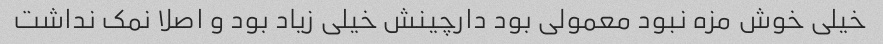
خیلی خوش مزه نبود معمولی بود دارچینش خیلی زیاد بود و اصلا نمک نداشت